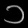
Digit: ၁